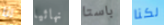
انا نهائيا باستا لكنا